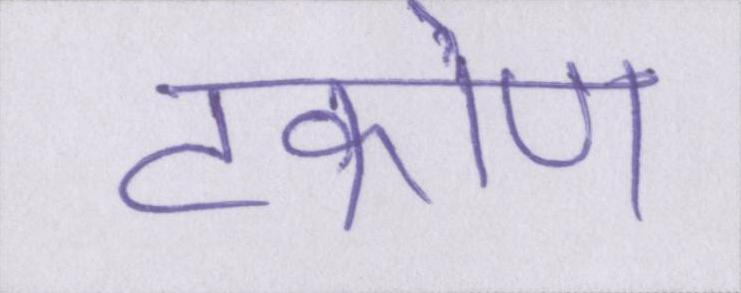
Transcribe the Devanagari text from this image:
टकोण